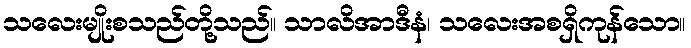
သလေးမျိုးစသည်တို့သည်။ သာလိအာဒီနံ၊ သလေးအစရှိကုန်သော။